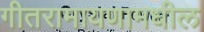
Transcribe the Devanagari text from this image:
गीतरामायणामधील